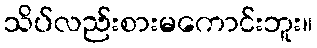
သိပ်လည်းစားမကောင်းဘူး။